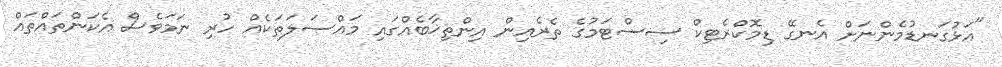
"އަޅުގަނޑުމެންނަށް އެނގޭ ޑިމޮކްރެޓިކް ސިސްޓަމުގެ ތެރެއިން އިންތިޚާބެއްގައި މައްސަލަތަކެއް ހުރި ނަމަވެސް އެކަންތައްތައް